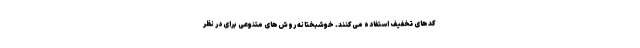
کدهای تخفیف استفاده می‌کنند. خوشبختانه روش‌های متنوعی برای در نظر